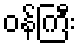
ဝန်ကြီး